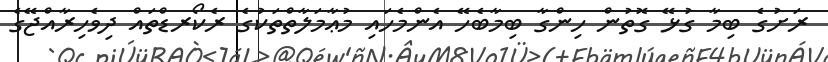
ރަށުގެ ބިމާ ގުޅޭ ގޮތުން ހިންގާ ބިމާބެހޭ އެންމެހައި މުޢާމަލާތްތަކުގެ ރެކޯރޑްތައް ދިވެހިރާއްޖޭގެ